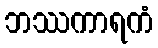
ဘဿကာရကံ